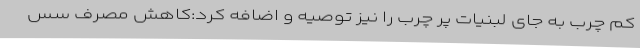
کم چرب به جای لبنیات پر چرب را نیز توصیه و اضافه کرد:کاهش مصرف سس